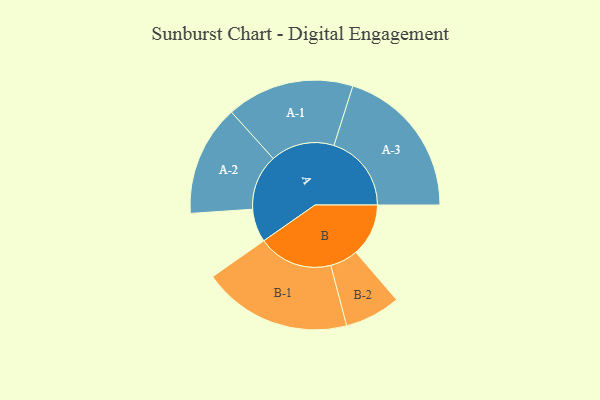
{"axis": {"x": "Segment", "y": "Value"}, "legend": ["", "A", "B"], "data": [{"x": "A", "y": 129, "type": ""}, {"x": "B", "y": 204, "type": ""}, {"x": "A-1", "y": 247, "type": "A"}, {"x": "A-2", "y": 215, "type": "A"}, {"x": "A-3", "y": 300, "type": "A"}, {"x": "B-1", "y": 289, "type": "B"}, {"x": "B-2", "y": 108, "type": "B"}]}